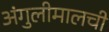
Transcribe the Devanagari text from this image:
अंगुलीमालची